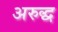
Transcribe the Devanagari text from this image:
अरुद्ध